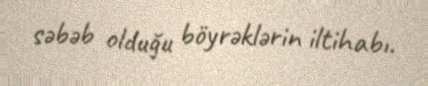
səbəb olduğu böyrəklərin iltihabı.